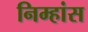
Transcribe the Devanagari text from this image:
निम्हांस